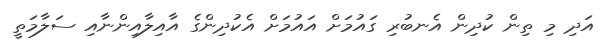
އަދި މި ތިން ކުދިން އެނބުރި ގައުމަށް އައުމަށް އެކުދިންގެ އާއިލާއިންނާއި ސަލާމަތީ